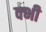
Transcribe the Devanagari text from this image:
क्भी